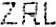
ZRL